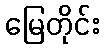
မြေတိုင်း